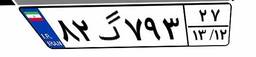
۷۳گ۸۰۶۶۱